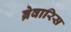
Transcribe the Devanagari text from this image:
ब्रेवारिस